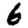
Digit: 6